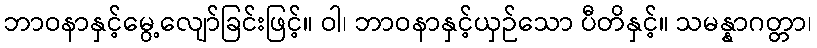
ဘာဝနာနှင့်မွေ့လျော်ခြင်းဖြင့်။ ဝါ၊ ဘာဝနာနှင့်ယှဉ်သော ပီတိနှင့်။ သမန္နာဂတ္တာ၊